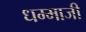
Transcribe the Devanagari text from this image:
धम्माजी